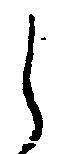
し